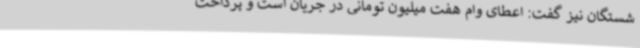
شستگان نیز گفت: اعطای وام هفت میلیون تومانی در جریان است و پرداخت